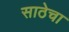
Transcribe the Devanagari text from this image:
साठेचा